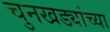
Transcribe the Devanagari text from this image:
चुनखड्यांच्या